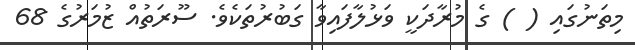
މިތަނުގައި ( ) ގެ މުރާދަކީ ވަޅުލާފައިވާ ގަބުރުތަކެވެ. ސޫރަތުއް ޒުމަރުގެ 68